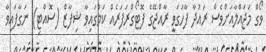
ވޯގް މަޖައްލާއަށްވެސް ރައުދާ ފާހަގަވީ ރާއްޖޭގެ ފޮޓޯގްރަފަރެއް ކަމުގައިވާ ޝިފާޒް (ސޮއްޓި) ނަގާފައިވާ